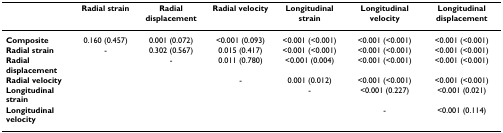
<table><thead><tr><td></td><td><b>Radial strain</b></td><td><b>Radial displacement</b></td><td><b>Radial velocity</b></td><td><b>Longitudinal strain</b></td><td><b>Longitudinal velocity</b></td><td><b>Longitudinal displacement</b></td></tr></thead><tbody><tr><td><b>Composite</b></td><td>0.160 (0.457)</td><td>0.001 (0.072)</td><td>&lt;0.001 (0.093)</td><td>&lt;0.001 (&lt;0.001)</td><td>&lt;0.001 (&lt;0.001)</td><td>&lt;0.001 (&lt;0.001)</td></tr><tr><td><b>Radial strain</b></td><td>-</td><td>0.302 (0.567)</td><td>0.015 (0.417)</td><td>&lt;0.001 (&lt;0.001)</td><td>&lt;0.001 (&lt;0.001)</td><td>&lt;0.001 (&lt;0.001)</td></tr><tr><td><b>Radial displacement</b></td><td></td><td>-</td><td>0.011 (0.780)</td><td>&lt;0.001 (0.004)</td><td>&lt;0.001 (&lt;0.001)</td><td>&lt;0.001 (&lt;0.001)</td></tr><tr><td><b>Radial velocity</b></td><td></td><td></td><td>-</td><td>0.001 (0.012)</td><td>&lt;0.001 (&lt;0.001)</td><td>&lt;0.001 (&lt;0.001)</td></tr><tr><td><b>Longitudinal strain</b></td><td></td><td></td><td></td><td>-</td><td>&lt;0.001 (0.227)</td><td>&lt;0.001 (0.021)</td></tr><tr><td><b>Longitudinal velocity</b></td><td></td><td></td><td></td><td></td><td>-</td><td>&lt;0.001 (0.114)</td></tr></tbody></table>